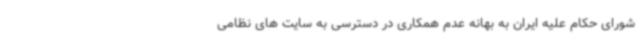
شورای حکام علیه ایران به بهانه عدم همکاری در دسترسی به سایت های نظامی